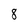
Character: 8